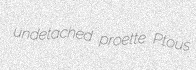
undetached proette Ptous